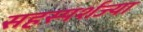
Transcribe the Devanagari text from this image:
सहस्पर्शज्या